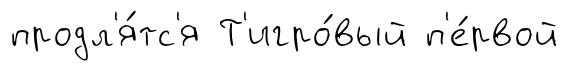
продл'я́тс'я Т'игро́вый п'е́рвой